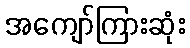
အကျော်ကြားဆုံး